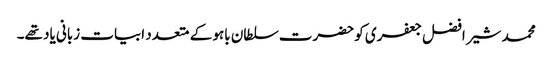
محمد شیر افضل جعفری کو حضرت سلطان باہو کے متعدد ابیات زبانی یاد تھے۔